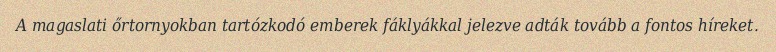
A magaslati őrtornyokban tartózkodó emberek fáklyákkal jelezve adták tovább a fontos híreket.